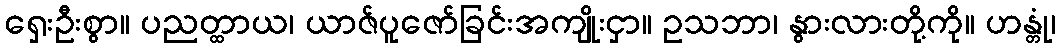
ရှေးဦးစွာ။ ပညတ္ထာယ၊ ယာဇ်ပူဇော်ခြင်းအကျိုးငှာ။ ဥသဘာ၊ နွားလားတို့ကို။ ဟန္တုံ၊